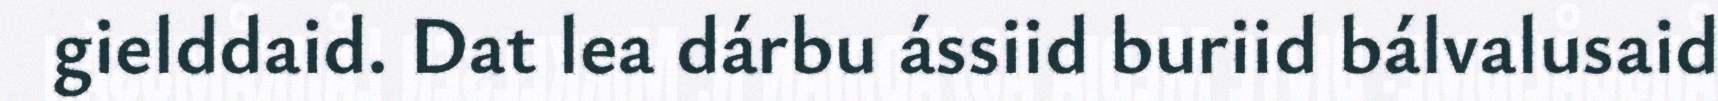
gielddaid. Dat lea dárbu ássiid buriid bálvalusaid